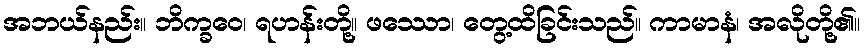
အဘယ်နည်း။ ဘိက္ခဝေ၊ ရဟန်းတို့။ ဖဿော၊ တွေ့ထိခြင်းသည်။ ကာမာနံ၊ အလိုတို့၏။